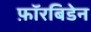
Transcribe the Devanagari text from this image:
फ़ॉरबिडेन